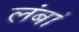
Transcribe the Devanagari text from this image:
लंबां